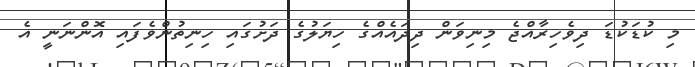
މި ކުޑަކުޑަ ދިވެހިރާއްޖެ މިނިވަން ދިދައެއްގެ ހިޔަލުގެ ދަށުގައި ހިނިތުންވެފައި އޮންނަނީ އެ